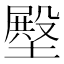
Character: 壂